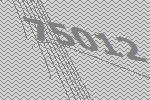
75012